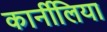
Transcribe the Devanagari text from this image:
कार्नीलिया